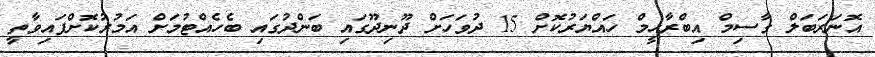
އޮނަރަބަލް ގާސިމް އިބްރާހީމް ހައްޔަރުކޮށް 15 ދުވަހަށް ދޫނިދޫގައި ބަންދުގައި ބެހެއްޓުމަށް އަމުރުކޮށްފައިވާތީ